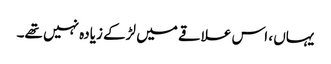
یہاں ، اس علاقے میں لڑکے زیادہ نہیں تھے۔